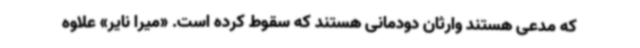
که مدعی هستند وارثان دودمانی هستند که سقوط کرده است. «میرا نایر» علاوه